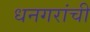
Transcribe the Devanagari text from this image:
धनगरांची